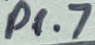
Text: P1.7